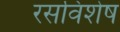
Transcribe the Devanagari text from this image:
रसविशेष